Scientific memoirs by medical officers of the Army of India - Part VIII,
Year: 1894
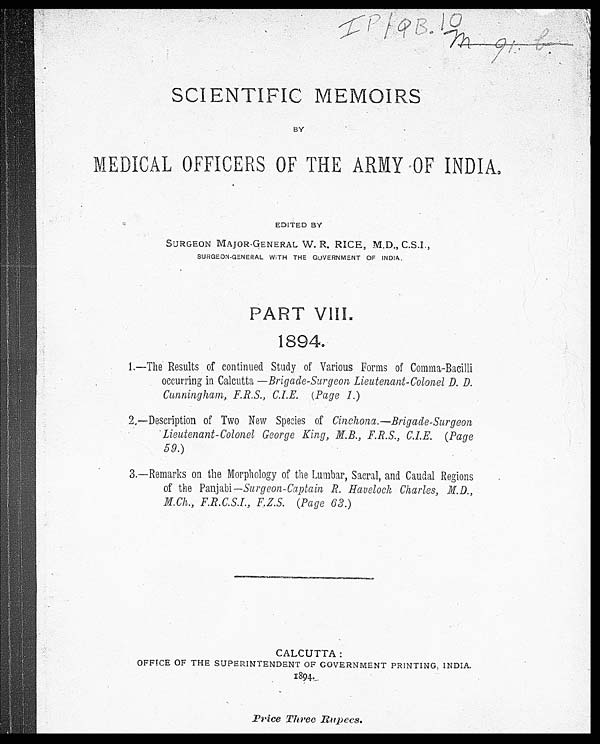
SCIENTIFIC MEMOIRS
BY
MEDICAL OFFICERS OF THE ARMY OF INDIA.
EDITED BY
SURGEON MAJOR-GENERAL W. R. RICE, M.D., C.S.I.,
SURGEON-GENERAL WITH THE GOVERNMENT OF INDIA.
PART VIII.
1894.
1.—The Results of continued Study of Various Forms of Comma-Bacilli
occurring in Calcutta — Brigade-Surgeon Lieutenant-Colonel D. D.
Cunningham, F.R.S., C.I.E. (Page 1. )
2.—Description of Two New Species of Cinchona.—Brigade-Surgeon
Lieutenant-Colonel George King, N.B., F.R.S., C.I.E. (Page
59. )
3.—Remarks on the Morphology of the Lumbar, Sacral, and Caudal Regions
of the Panjabi— Surgeon-Captain R. Havelock Charles, M.D.,
M.Ch., F.R.C.S.I., F.Z.S. (Page 63. )
CALCUTTA :
OFFICE OF THE SUPERINTENDENT OF GOVERNMENT PRINTING, INDIA.
1894.